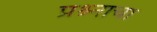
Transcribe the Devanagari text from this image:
प्रश्र्नाचा